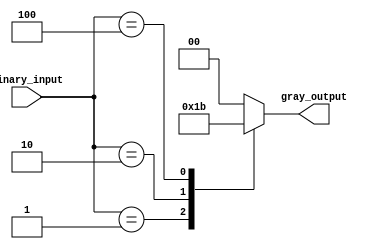
module gray_encoder (
    input [3:0] binary_input,
    output reg [1:0] gray_output
);

always @(*)
begin
    case (binary_input)
        4'b0001: gray_output = 2'b01;
        4'b0010: gray_output = 2'b10;
        4'b0100: gray_output = 2'b11;
        4'b1000: gray_output = 2'b00;
        default: gray_output = 2'b00;
    endcase
end

endmodule